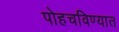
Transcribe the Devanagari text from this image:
पोहचविण्यात